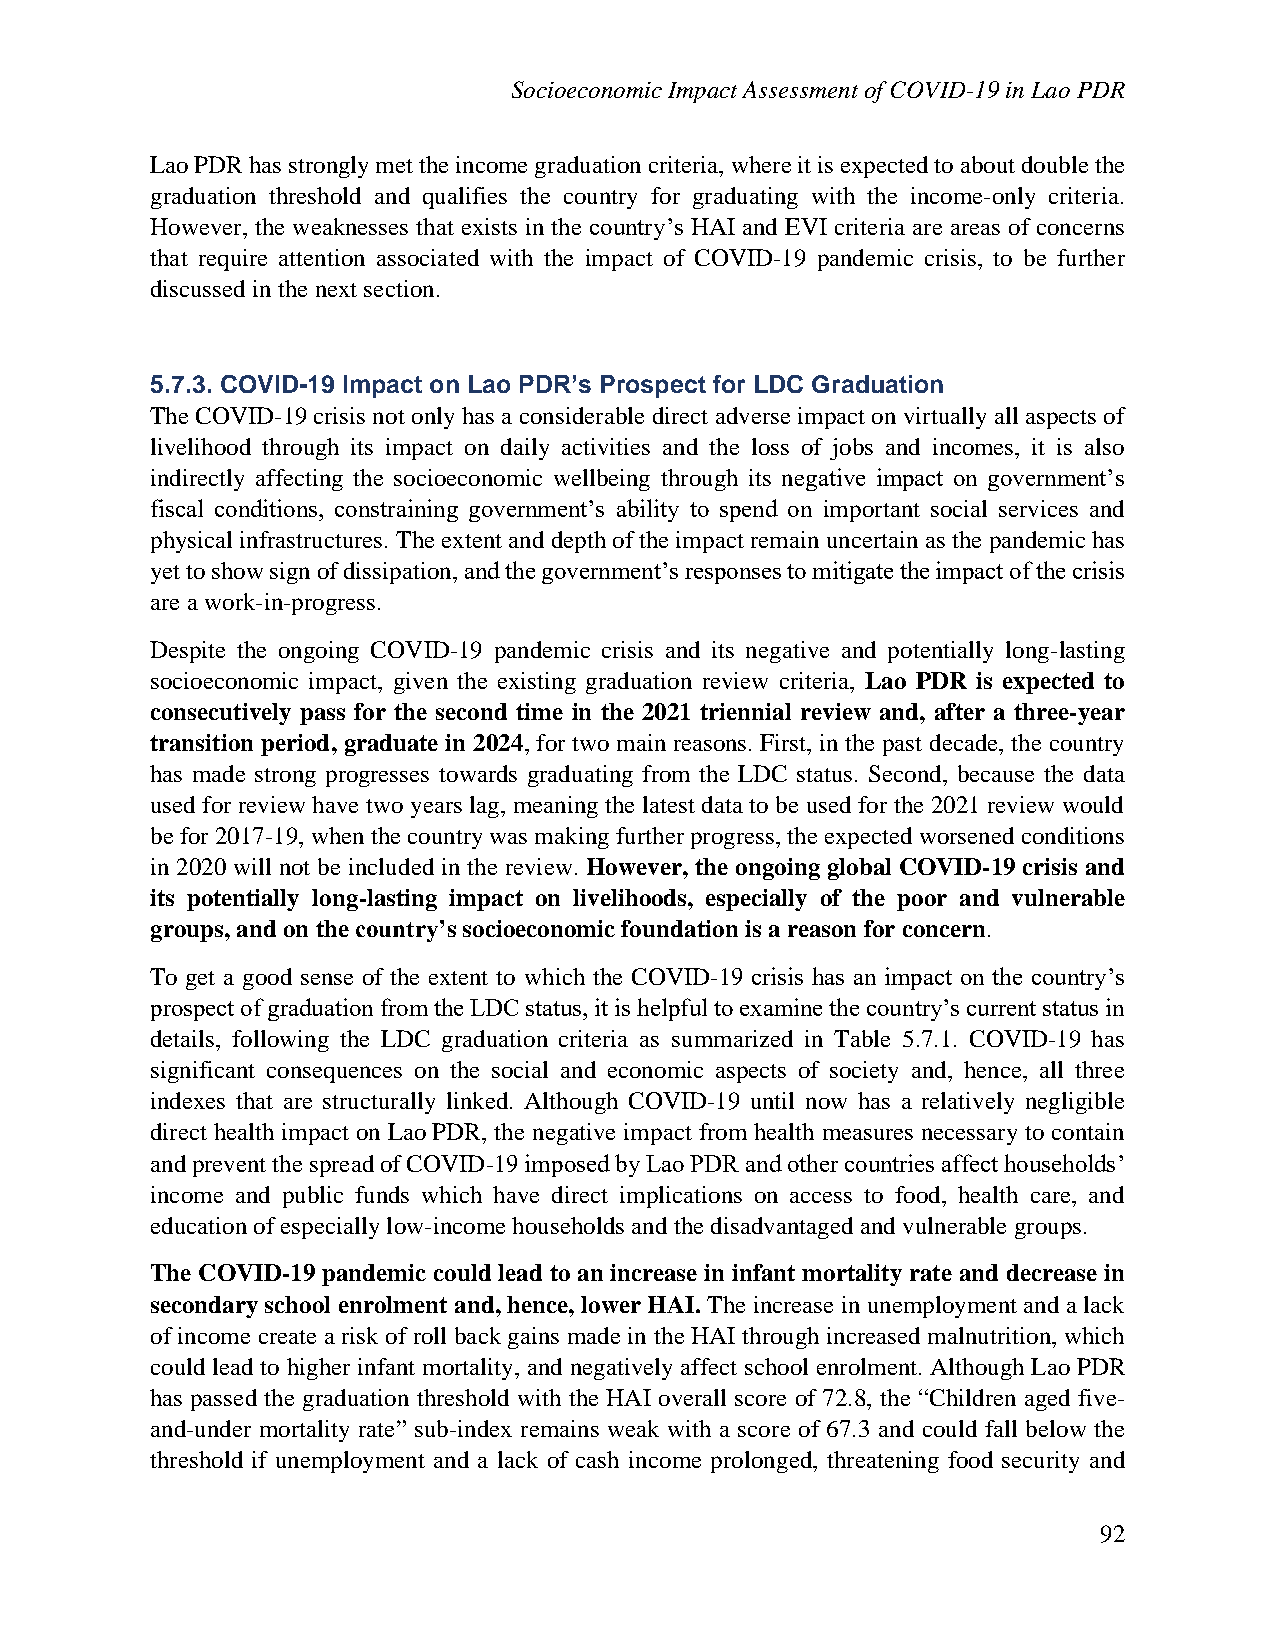
Socioeconomic Impact Assessment of COVID-19 in Lao PDR
 Lao PDR has strongly met the income graduation criteria, where it is expected to about double the
 graduation threshold and qualifies the country for graduating with the income-only criteria.
 However, the weaknesses that exists in the country’s HAI and EVI criteria are areas of concerns
 that require attention associated with the impact of COVID-19 pandemic crisis, to be further
 discussed in the next section.
 5.7.3. COVID-19 Impact on Lao PDR’s Prospect for LDC Graduation
 The COVID-19 crisis not only has a considerable direct adverse impact on virtually all aspects of
 livelihood through its impact on daily activities and the loss of jobs and incomes, it is also
 indirectly affecting the socioeconomic wellbeing through its negative impact on government’s
 fiscal conditions, constraining government’s ability to spend on important social services and
 physical infrastructures. The extent and depth of the impact remain uncertain as the pandemic has
 yet to show sign of dissipation, and the government’s responses to mitigate the impact of the crisis
 are a work-in-progress.
 Despite the ongoing COVID-19 pandemic crisis and its negative and potentially long-lasting
 socioeconomic impact, given the existing graduation review criteria, Lao PDR is expected to
 consecutively pass for the second time in the 2021 triennial review and, after a three-year
 transition period, graduate in 2024, for two main reasons. First, in the past decade, the country
 has made strong progresses towards graduating from the LDC status. Second, because the data
 used for review have two years lag, meaning the latest data to be used for the 2021 review would
 be for 2017-19, when the country was making further progress, the expected worsened conditions
 in 2020 will not be included in the review. However, the ongoing global COVID-19 crisis and
 its potentially long-lasting impact on livelihoods, especially of the poor and vulnerable
 groups, and on the country’s socioeconomic foundation is a reason for concern.
 To get a good sense of the extent to which the COVID-19 crisis has an impact on the country’s
 prospect of graduation from the LDC status, it is helpful to examine the country’s current status in
 details, following the LDC graduation criteria as summarized in Table 5.7.1. COVID-19 has
 significant consequences on the social and economic aspects of society and, hence, all three
 indexes that are structurally linked. Although COVID-19 until now has a relatively negligible
 direct health impact on Lao PDR, the negative impact from health measures necessary to contain
 and prevent the spread of COVID-19 imposed by Lao PDR and other countries affect households’
 income and public funds which have direct implications on access to food, health care, and
 education of especially low-income households and the disadvantaged and vulnerable groups.
 The COVID-19 pandemic could lead to an increase in infant mortality rate and decrease in
 secondary school enrolment and, hence, lower HAI. The increase in unemployment and a lack
 of income create a risk of roll back gains made in the HAI through increased malnutrition, which
 could lead to higher infant mortality, and negatively affect school enrolment. Although Lao PDR
 has passed the graduation threshold with the HAI overall score of 72.8, the “Children aged five-
 and-under mortality rate” sub-index remains weak with a score of 67.3 and could fall below the
 threshold if unemployment and a lack of cash income prolonged, threatening food security and
 92